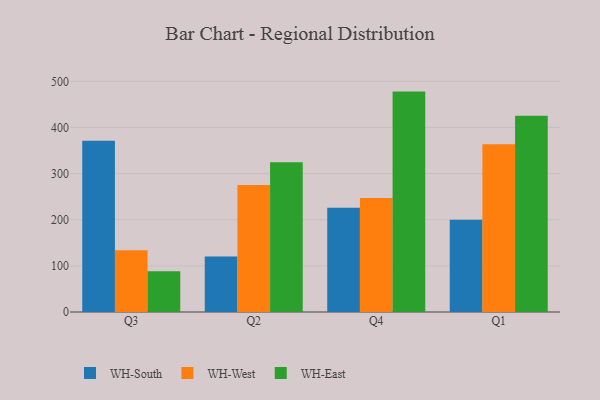
{"axis": {"x": "Quarter", "y": "Population (Million)"}, "legend": ["WH-East", "WH-South", "WH-West"], "data": [{"x": "Q3", "y": 371.1, "type": "WH-South"}, {"x": "Q3", "y": 134.0, "type": "WH-West"}, {"x": "Q3", "y": 88.1, "type": "WH-East"}, {"x": "Q2", "y": 120.5, "type": "WH-South"}, {"x": "Q2", "y": 275.5, "type": "WH-West"}, {"x": "Q2", "y": 324.5, "type": "WH-East"}, {"x": "Q4", "y": 226.2, "type": "WH-South"}, {"x": "Q4", "y": 247.3, "type": "WH-West"}, {"x": "Q4", "y": 477.8, "type": "WH-East"}, {"x": "Q1", "y": 199.9, "type": "WH-South"}, {"x": "Q1", "y": 363.4, "type": "WH-West"}, {"x": "Q1", "y": 425.6, "type": "WH-East"}]}